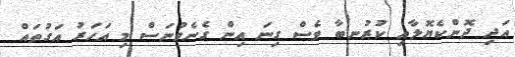
އަދި ދޮންކެޔޮލާއި ކުރުނބާ ވެސް ގިނަ އިން ގެނެވުނަސް މި އަހަރު އަގުތައް